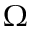
\Omega